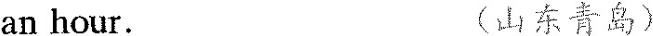
an hour. (山东青岛)